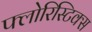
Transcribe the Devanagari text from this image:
फ्लोरिस्टिक्स